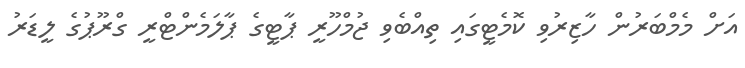
އަށް މެމްބަރުން ހާޒިރުވި ކޮމެޓީގައި ތިއްބެވި ޖުމްހޫރީ ޕާޓީގެ ޕާލަމެންޓްރީ ގްރޫޕުގެ ލީޑަރު